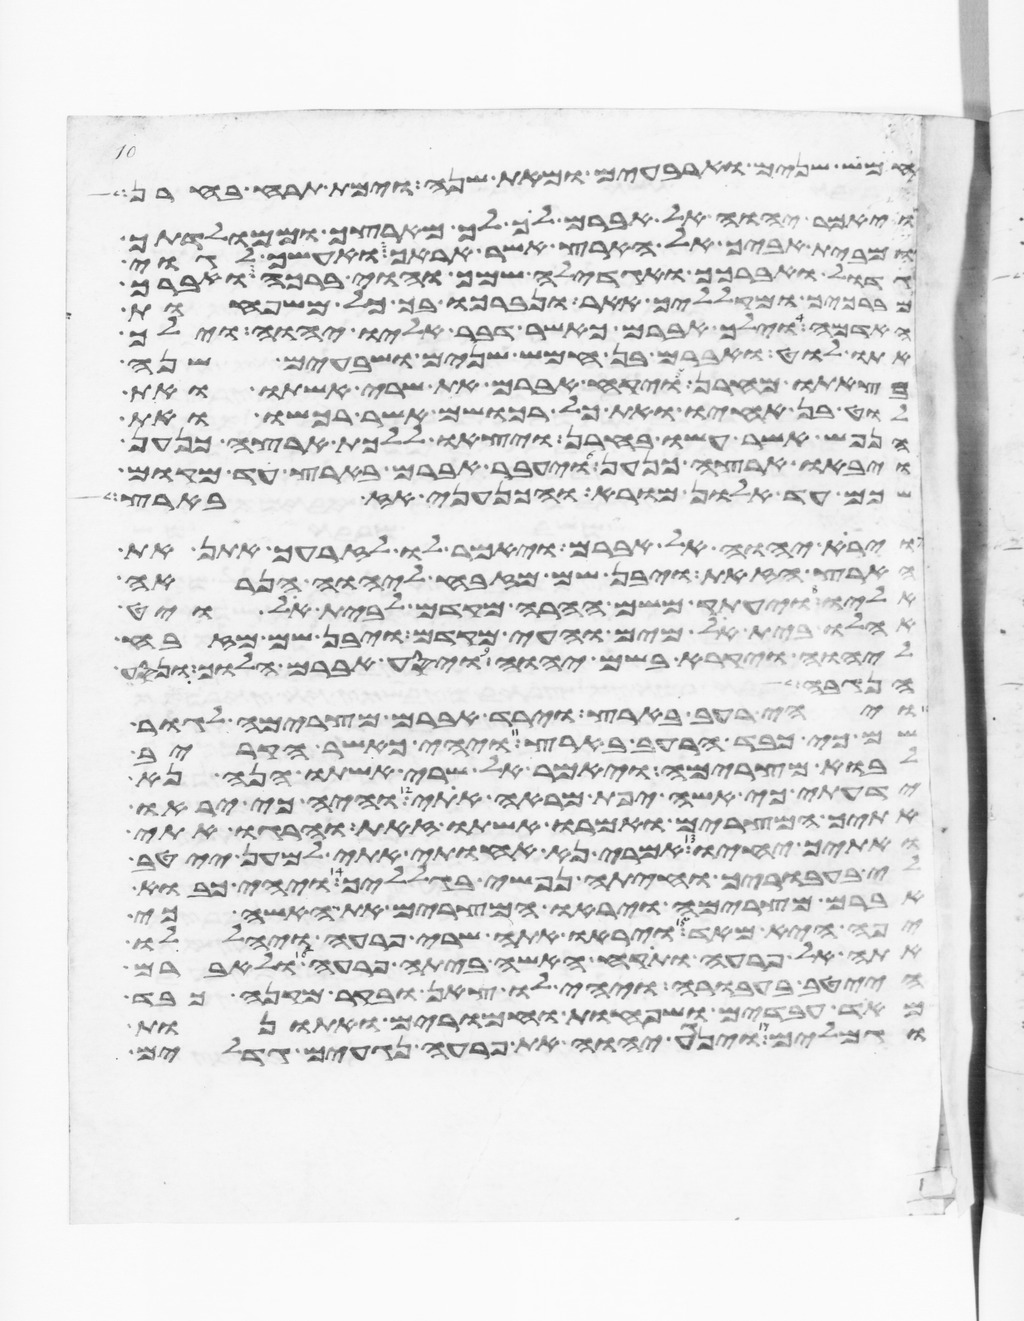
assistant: חמש שנים וארבעים ומאת שנה וימת תרח בחרן
ויאמר יהוה אל אברם לך לך מארצך וממולדתך
ומבית אביך אל הארץ אשר אראך ואעשך לגוי
גדול ואברכך ואגדלה שמך והוי ברכה ואברך
מברכיך ומקלליך אאר ונברכו בך כל משפחות
האדמה וילך אברם כאשר דבר אליו יהוה וילך
אתו לוט ואברם בן חמש שנים ושבעים שנה
בצאתו מחרן ויקח אברם את שרי אשתו ואת
לוט בן אחיו ואת כל רכושם אשר רכשו ואת
הנפש אשר עשו בחרן ויצאו ללכת ארצה כנען
ויבאו ארצה כנען ויעבר אברם בארץ עד מקום
שכם עד אלון מורא והכנעני אז בארץ
וירא יהוה אל אברם ויאמר לו לזרעך אתן את
הארץ הזאת ויבן שם מזבח ליהוה הנראה
אליו ויעתק משם ההרה מקדם לבית אל ויט
אהלו בית אל מים והעי מקדם ויבן שם מזבח
ליהוה ויקרא בשם יהוה ויסע אברם הלוך ונסע
הנגבה
ויהי רעב בארץ וירד אברם מצרימה לגור
שם כי כבד הרעב בארץ ויהי כאשר הקריב
לבוא מצרימה ויאמר אל שרי אשתו הנה נא
ידעתי כי אשה יפת מראה אתי והיה כי יראו
אתיך המצרים ואמרו אשתו זאת והרגו אתי
ואתיך יחיו אמרי נא אחותי אתי למען ייטב
לי בעבוריך וחיתה נפשי בגלליך ויהי כבוא
אברם מצרימה ויראו המצרים את האשה כי
יפה היא מאד ויראו אתה שרי פרעה ויהללו
אתה אל פרעה ותקח האשה ביתה פרעה ולאברם
הייטב בעבורה ויהי לו צאן ובקר מקנה כבד
מאד עבדים ושפחות וחמרים ואתנות
וגמלים וינגע יהוה את פרעה נגעים גדלים